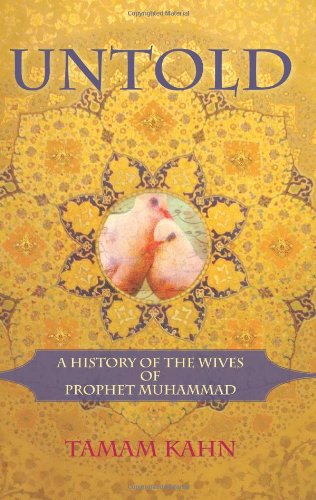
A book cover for Untold: A History of the Wives of Prophet Muhammad; Tamam Kahn; Religion & Spirituality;